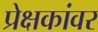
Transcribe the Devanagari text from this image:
प्रेक्षकांवर